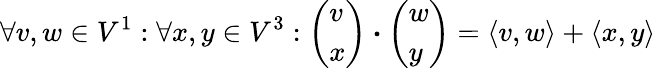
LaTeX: \forall v,w\in V^{1}:\forall x,y\in V^{3}:\left(\begin{array}{l}{v}\\ {x}\end{array}\right)\boldsymbol{\cdot}\left(\begin{array}{l}{w}\\ {y}\end{array}\right)=\langle v,w\rangle+\langle x,y\rangle